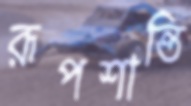
রূপশান্তি